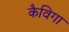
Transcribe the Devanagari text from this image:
कैविगा